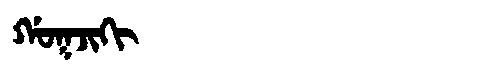
Manchu: ᡤᠣᡴᠵᡳᡴᡳ
Romanization: GOKJIKI